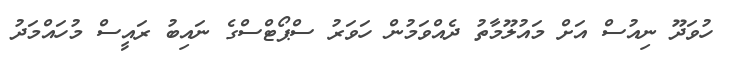
ހުވަދޫ ނިއުސް އަށް މައުލޫމާތު ދެއްވަމުން ހަވަރު ސްޕޯޓްސްގެ ނައިބު ރައީސް މުހައްމަދު